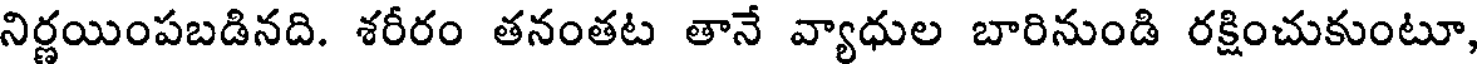
నిర్ణయింపబడినది. శరీరం తనంతట తానే వ్యాధుల బారినుండి రక్షించుకుంటూ